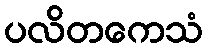
ပလိတကေသံ